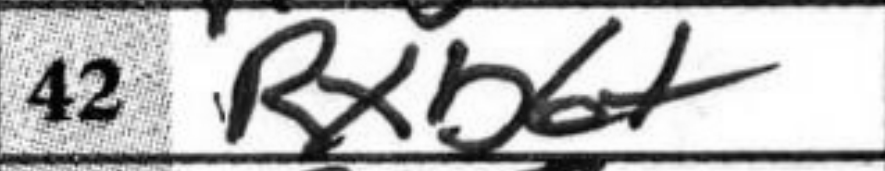
Transcription: Rxb6+